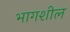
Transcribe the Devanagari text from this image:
भागशील